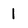
Character: l